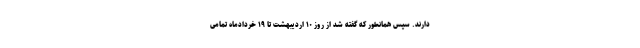
دارند. سپس همانطور که گفته شد از روز ۱۰ اردیبهشت تا ۱۹ خردادماه تمامی